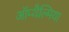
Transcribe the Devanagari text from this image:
ऑप्‍थैल्मिया